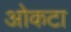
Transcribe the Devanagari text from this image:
ओकटा